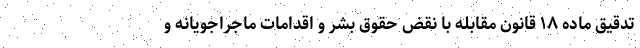
تدقیق ماده ۱۸ قانون مقابله با نقض حقوق بشر و اقدامات ماجراجویانه و